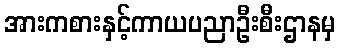
အားကစားနှင့်ကာယပညာဦးစီးဌာနမှ